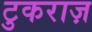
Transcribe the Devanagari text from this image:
टुकराज़